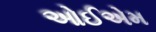
ઓઈએમ